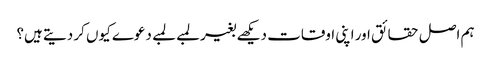
ہم اصل حقائق اور اپنی اوقات دیکھے بغیر لمبے لمبے دعوے کیوں کر دیتے ہیں؟